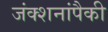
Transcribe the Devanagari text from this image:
जंक्शनांपैकी